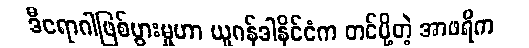
ဒီရောဂါဖြစ်ပွားမှုဟာ ယူဂန်ဒါနိုင်ငံက တင်ပို့တဲ့ အာဖရိက